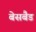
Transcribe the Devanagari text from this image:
बेसबैड